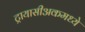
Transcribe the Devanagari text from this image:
ट्रायासीअकमध्ये